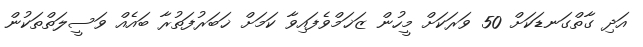
އަދި ގާތްގަނޑަކަށް 50 ވަރަކަށް މީހުން ޒަޚަމްވެފައިވާ ކަމަށް ޚަބަރުފަތުރާ ބައެއް ވަސީލަތްތަކުން